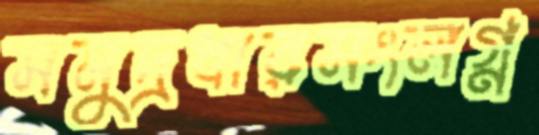
সমুদ্রধারসংলগ্ন